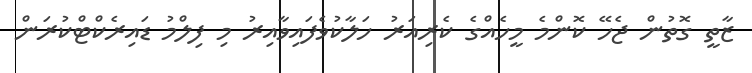
ޒާތީ ގޮތުން ޖެހޭ ކޮންމެ މީހެއްގެ ކެރިއަރު ހަލާކުވެފައިވާއިރު މި ފިލްމު ޑައިރެކްޓްކުރަން